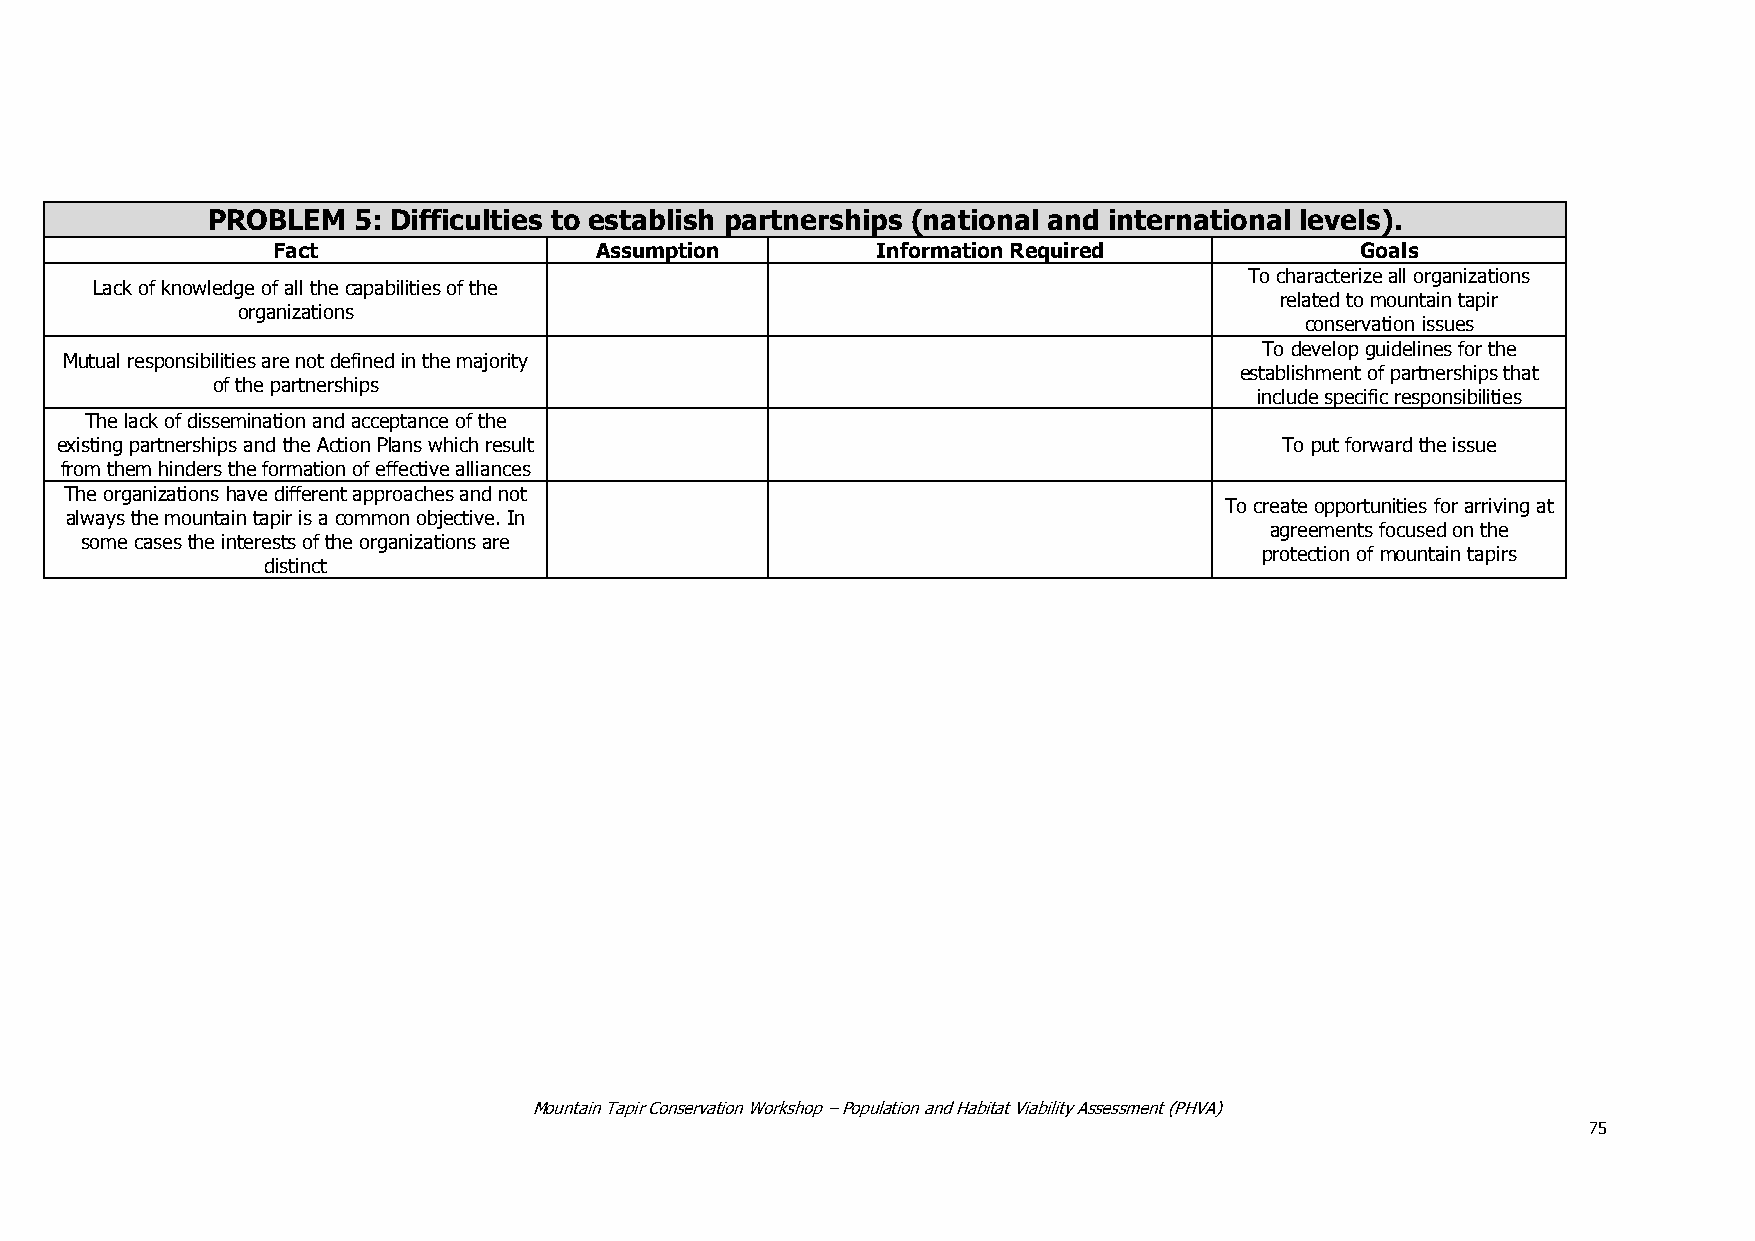
PROBLEM  5: Difficulties to establish partnerships (national and international levels).
 Fact                 Assumption         Information Required            Goals
 To characterize all organizations
 Lack of knowledge of all the capabilities of the
 related to mountain tapir
 organizations
 conservation issues
 To develop guidelines for the
 Mutual responsibilities are not defined in the majority
 establishment of partnerships that
 of the partnerships
 include specific responsibilities
 The lack of dissemination and acceptance of the
 existing partnerships and the Action Plans which result                          To put forward the issue
 from them hinders the formation of effective alliances
 The organizations have different approaches and not
 To create opportunities for arriving at
 always the mountain tapir is a common objective. In
 agreements focused on the
 some cases the interests of the organizations are
 protection of mountain tapirs
 distinct
 Mountain Tapir Conservation Workshop – Population and Habitat Viability Assessment (PHVA)
 75